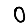
Digit: 0